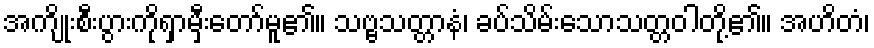
အကျိုးစီးပွားကိုရှာမှီးတော်မူ၏။ သဗ္ဗသတ္တာနံ၊ ခပ်သိမ်းသောသတ္တဝါတို့၏။ အဟိတံ၊